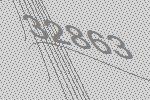
32863